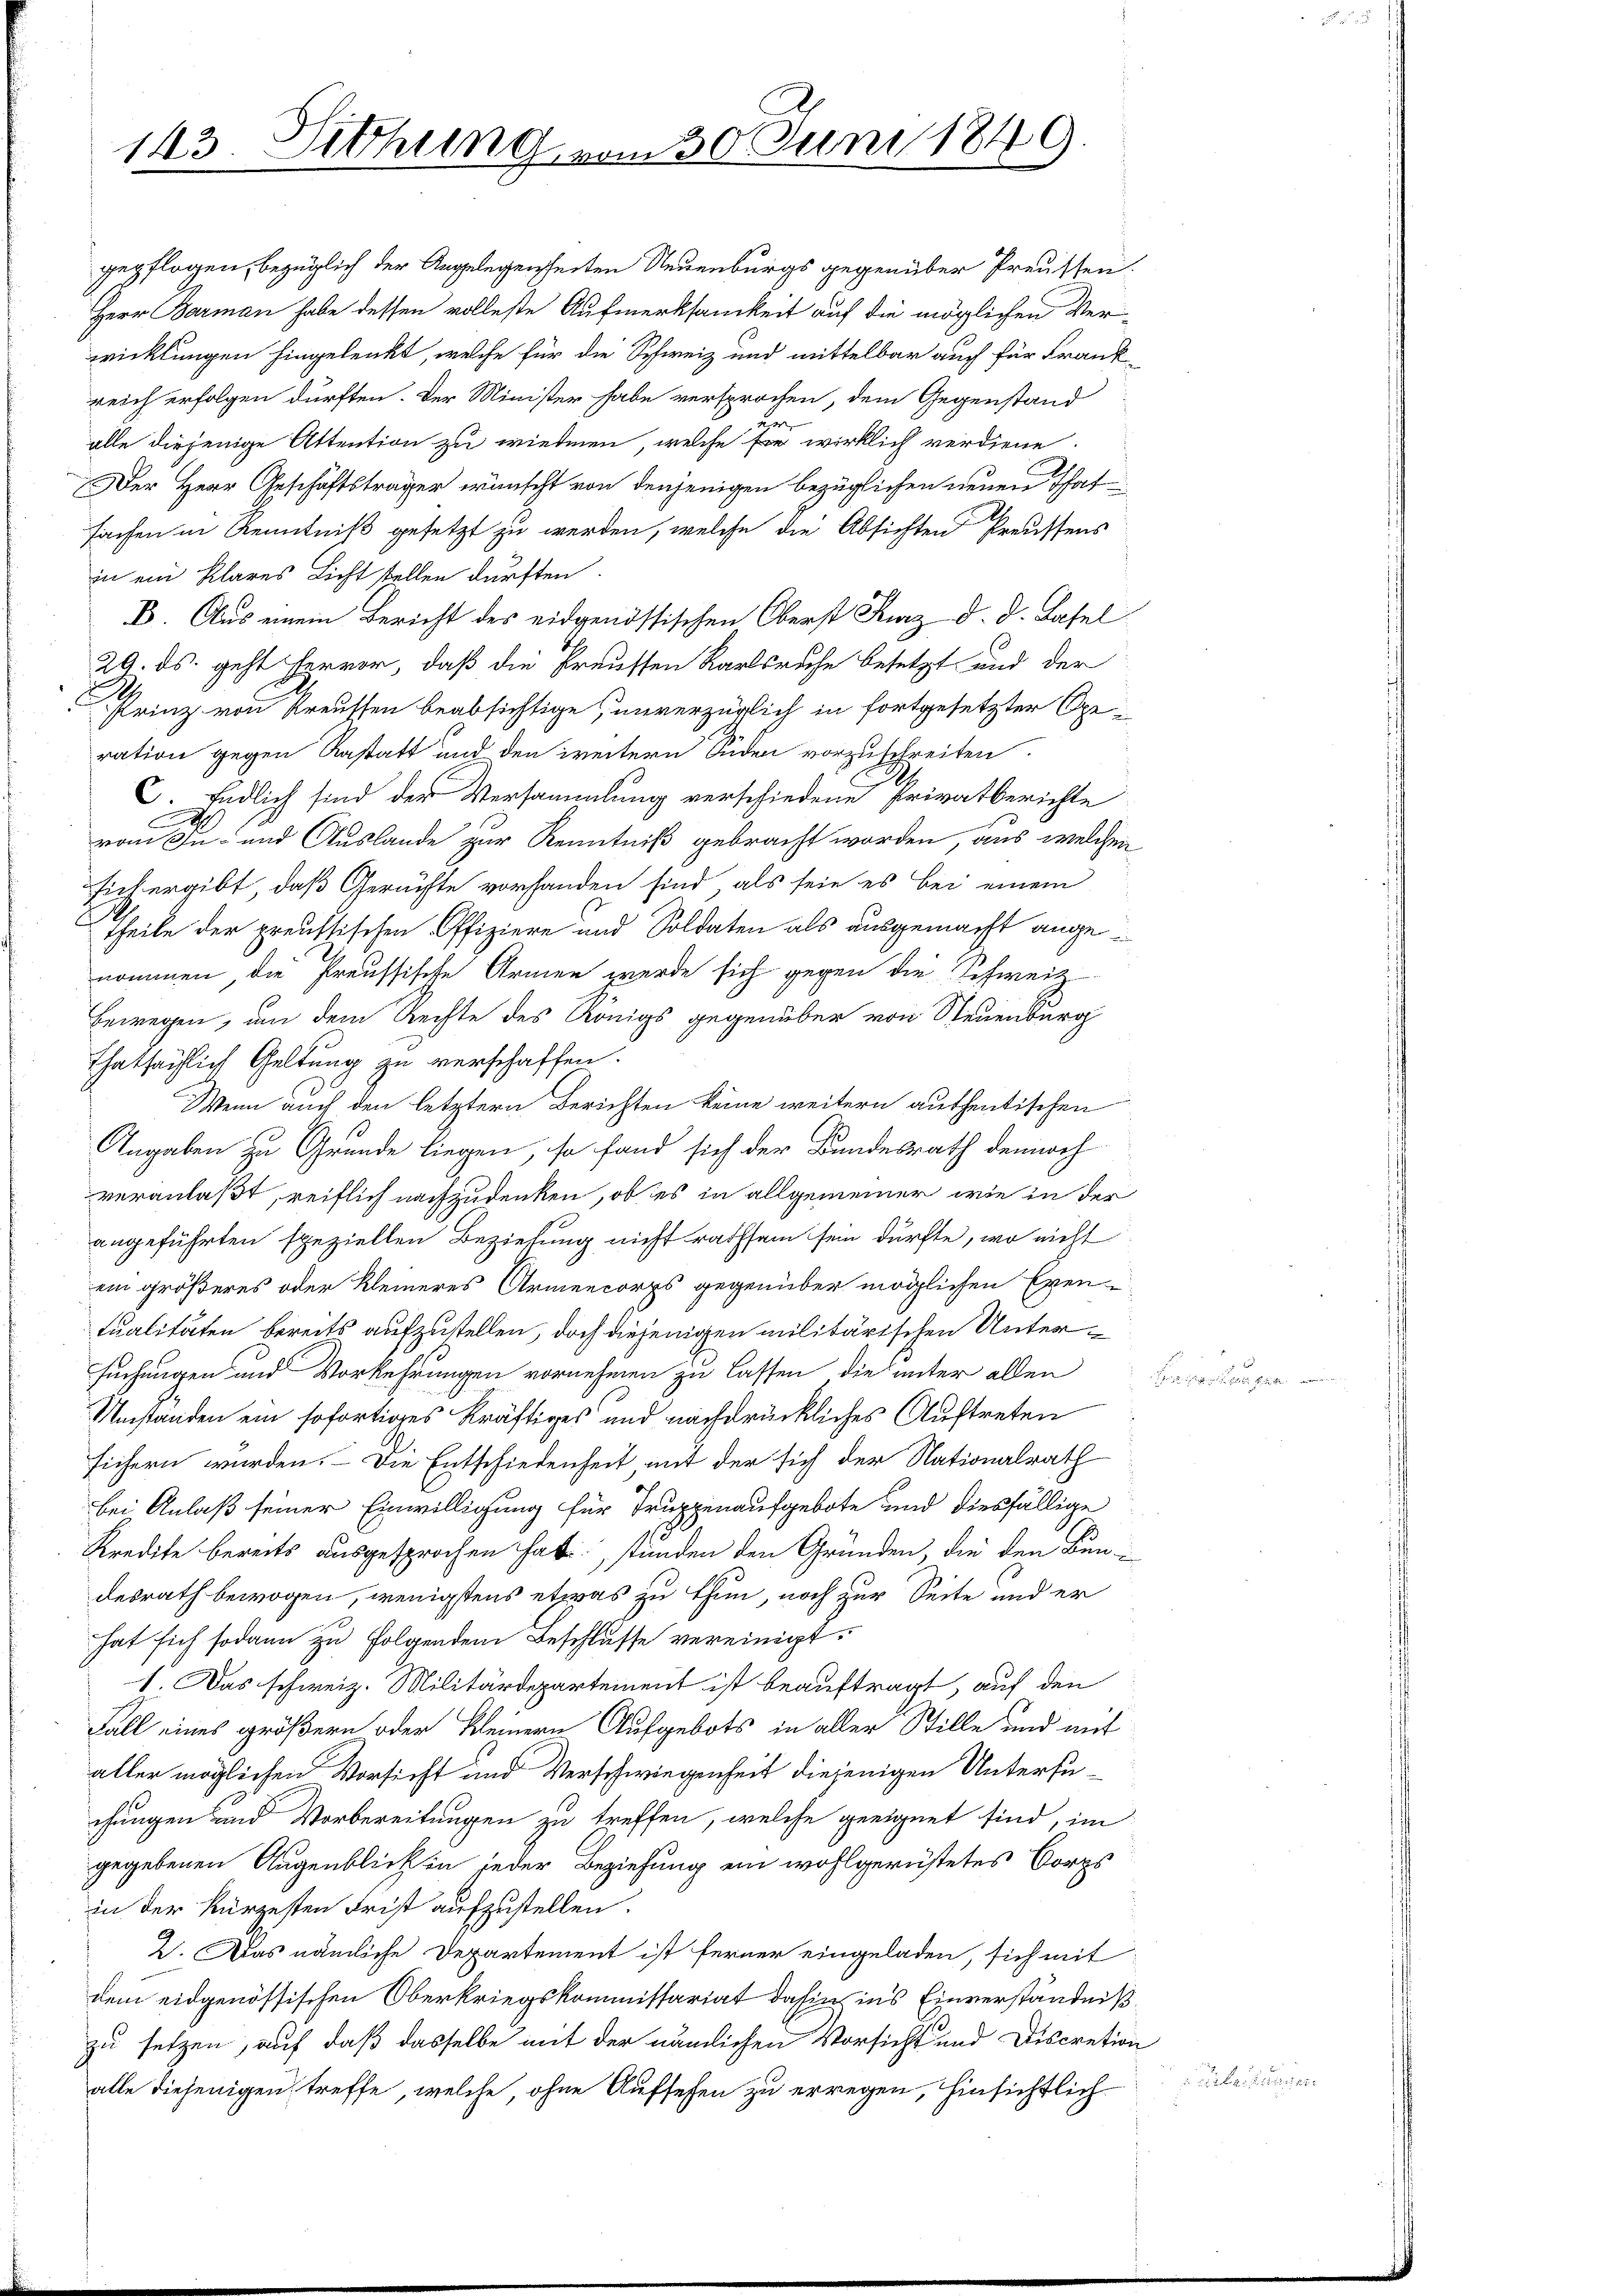
.
alle diejenige Attention zu wiedmen, welche sie wirklich verdiene.
Der Herr Geschäftsträger wünscht von denjenigen bezüglichen neuen That
fachen in Kenntniß gesetzt zu werden, welche die Absichten Preussens
in ein klares Licht stellen dürften.
B. Aus einem Bericht des eidgenössischen Oberst Kurz d. d. Basel
29. ds. geht hervor, daß die Preussen Karlsruhe besetzt und der
Prinz von Preussen beabsichtige unverzüglich in fortgesetzter Speration gegen Anstatt und den weitern Süden vorzuschreiten.
C. Endlich sind der Versammlung verschiedene Privatberichte
von In- und Auslande zur Kenntniß gebracht worden, aus welchen
sich ergibt, daß Gerüchte vorhanden sind, als seie es bei einem
Theile der preussischen Offiziere und Soldaten als ausgemacht angenommen die Preussische Armen werde sich gegen die Schweiz
bewegen, um dem Rechte des Königs gegenüber von Steuenburg
Thatsächlich Geltung zu verschaffen.
Wenn auch den letztern Berichten keine weitern authentischen
Angaben zu Grunde liegen, so fand sich der Bundesrath dennoch
veranlaßt, reiflich nachzudenken, ob es in allgemeiner wie in der
angeführten speziellen Beziehung nicht rathsam sein dürfte, wo nicht
ein größeres oder Kleineres Armencorps gegenüber möglichen Exen-
tualitäten bereits aufzustellen, doch diejenigen militärischen Untersuchungen und Vorkehrungen vornehmen zu lassen, die unter allen
Umständen ein sofortiges Kräftiges und nachdrückliches Auftreten
sichern wurden. – Die Entschiedenheit mit der sich der Nationalrath
bei Anlaß seiner Einwilligung für Truppenaufgebote und diesfällige
Kredite bereits ausgesprochen hat, stünden den Gründen, die den Bundesrath bewogen, wenigstens etwas zu thun, noch zur Seite und er
hat sich sodann zu folgenden Beschlusse vereinigt.
I. Das schweiz. Militärdepartement ist beauftragt, auf den
Fall eines größern oder Kleinern Aufgebots in aller Stille und mit
aller möglichen Vorsicht und Verschwiegenheit diejenigen Untersuchungen und Vorbereitungen zu treffen, welche geeignet sind, im
gegebenen Augenblick in jeder Beziehung ein wohlgerüstetes Corps
in der kürzesten Frist aufzustellen.
2). Das nämliche Departement ist ferner eingeladen, sich mit
dem eidgenössischen Oberkriegskommissariat dahin in’s Einverständniß
zu setzen, auf daß dasselbe mit der nämlichen Vorsicht und Discretion
alle diejenigen, treffe, welche, ohne Aufsehen zu erregen, hinsichtlich

143. Sitzung vom 30. Juni 1849.

gepflogen, bezüglich der Angelegenheiten Neuenburgs gegenüber Preussen.
Herr Barman habe dessen volleste Aufmerksamkeit auf die möglichen Verwicklungen hingelenkt, welche für die Schweiz und mittelbar auch für Frank
reich erfolgen dürften. Der Minister habe versprochen, dem Gegenstand

Breitungen